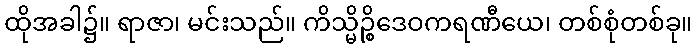
ထိုအခါ၌။ ရာဇာ၊ မင်းသည်။ ကိသ္မိဉ္စိဒေဝကရဏီယေ၊ တစ်စုံတစ်ခု။